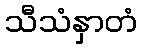
သီသံနှာတံ